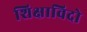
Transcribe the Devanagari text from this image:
शिक्षाविदो